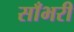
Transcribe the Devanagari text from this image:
साँभरी